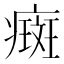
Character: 癍